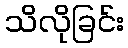
သိလိုခြင်း